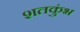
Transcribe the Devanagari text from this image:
शतकुंभ